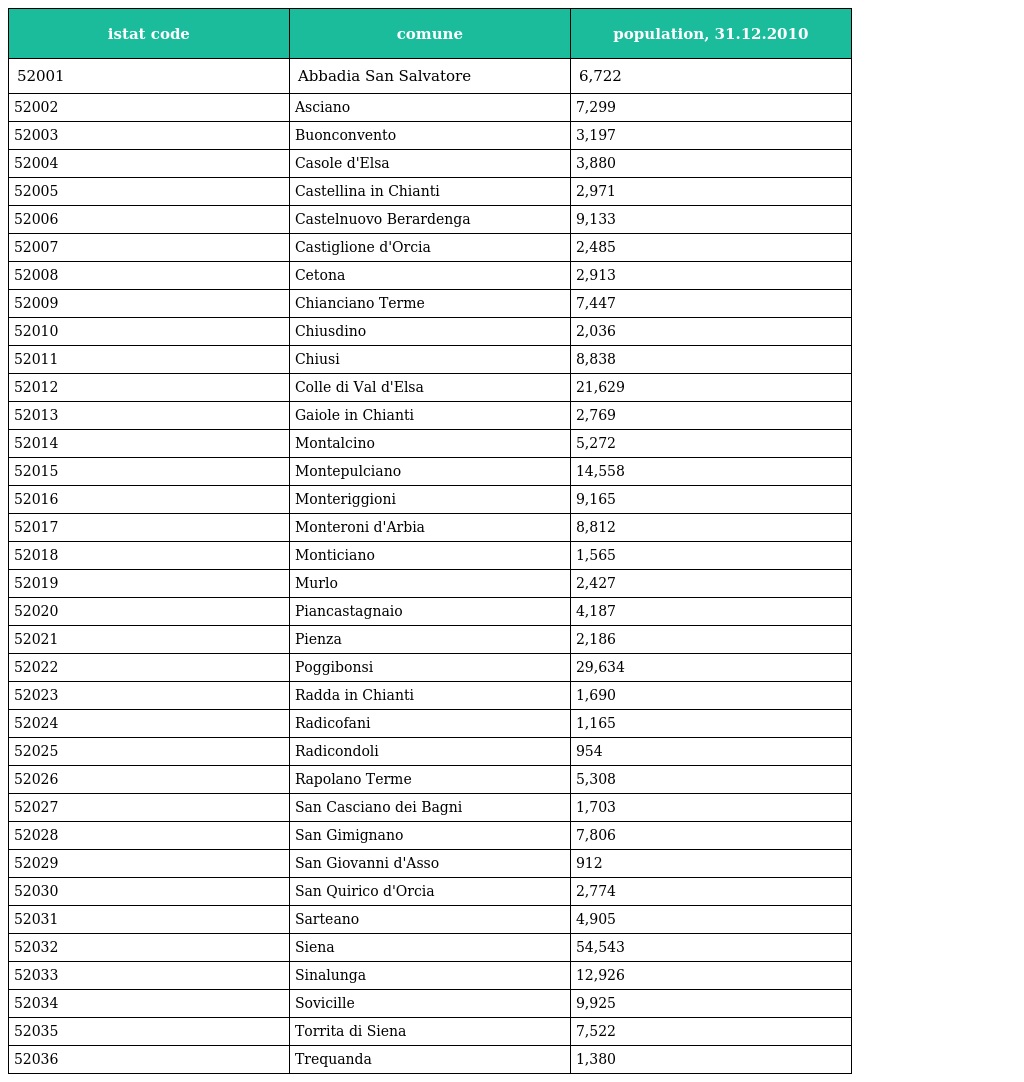
| istat code | comune | population, 31.12.2010 |
 | --- | --- | --- |
 | 52001 | Abbadia San Salvatore | 6,722 |
 | 52002 | Asciano | 7,299 |
 | 52003 | Buonconvento | 3,197 |
 | 52004 | Casole d'Elsa | 3,880 |
 | 52005 | Castellina in Chianti | 2,971 |
 | 52006 | Castelnuovo Berardenga | 9,133 |
 | 52007 | Castiglione d'Orcia | 2,485 |
 | 52008 | Cetona | 2,913 |
 | 52009 | Chianciano Terme | 7,447 |
 | 52010 | Chiusdino | 2,036 |
 | 52011 | Chiusi | 8,838 |
 | 52012 | Colle di Val d'Elsa | 21,629 |
 | 52013 | Gaiole in Chianti | 2,769 |
 | 52014 | Montalcino | 5,272 |
 | 52015 | Montepulciano | 14,558 |
 | 52016 | Monteriggioni | 9,165 |
 | 52017 | Monteroni d'Arbia | 8,812 |
 | 52018 | Monticiano | 1,565 |
 | 52019 | Murlo | 2,427 |
 | 52020 | Piancastagnaio | 4,187 |
 | 52021 | Pienza | 2,186 |
 | 52022 | Poggibonsi | 29,634 |
 | 52023 | Radda in Chianti | 1,690 |
 | 52024 | Radicofani | 1,165 |
 | 52025 | Radicondoli | 954 |
 | 52026 | Rapolano Terme | 5,308 |
 | 52027 | San Casciano dei Bagni | 1,703 |
 | 52028 | San Gimignano | 7,806 |
 | 52029 | San Giovanni d'Asso | 912 |
 | 52030 | San Quirico d'Orcia | 2,774 |
 | 52031 | Sarteano | 4,905 |
 | 52032 | Siena | 54,543 |
 | 52033 | Sinalunga | 12,926 |
 | 52034 | Sovicille | 9,925 |
 | 52035 | Torrita di Siena | 7,522 |
 | 52036 | Trequanda | 1,380 |